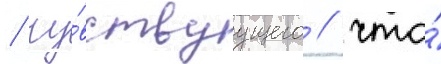
/ чу́вствуущего / что́